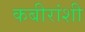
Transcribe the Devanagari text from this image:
कबीरांशी